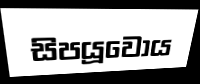
සිපයූවෝය